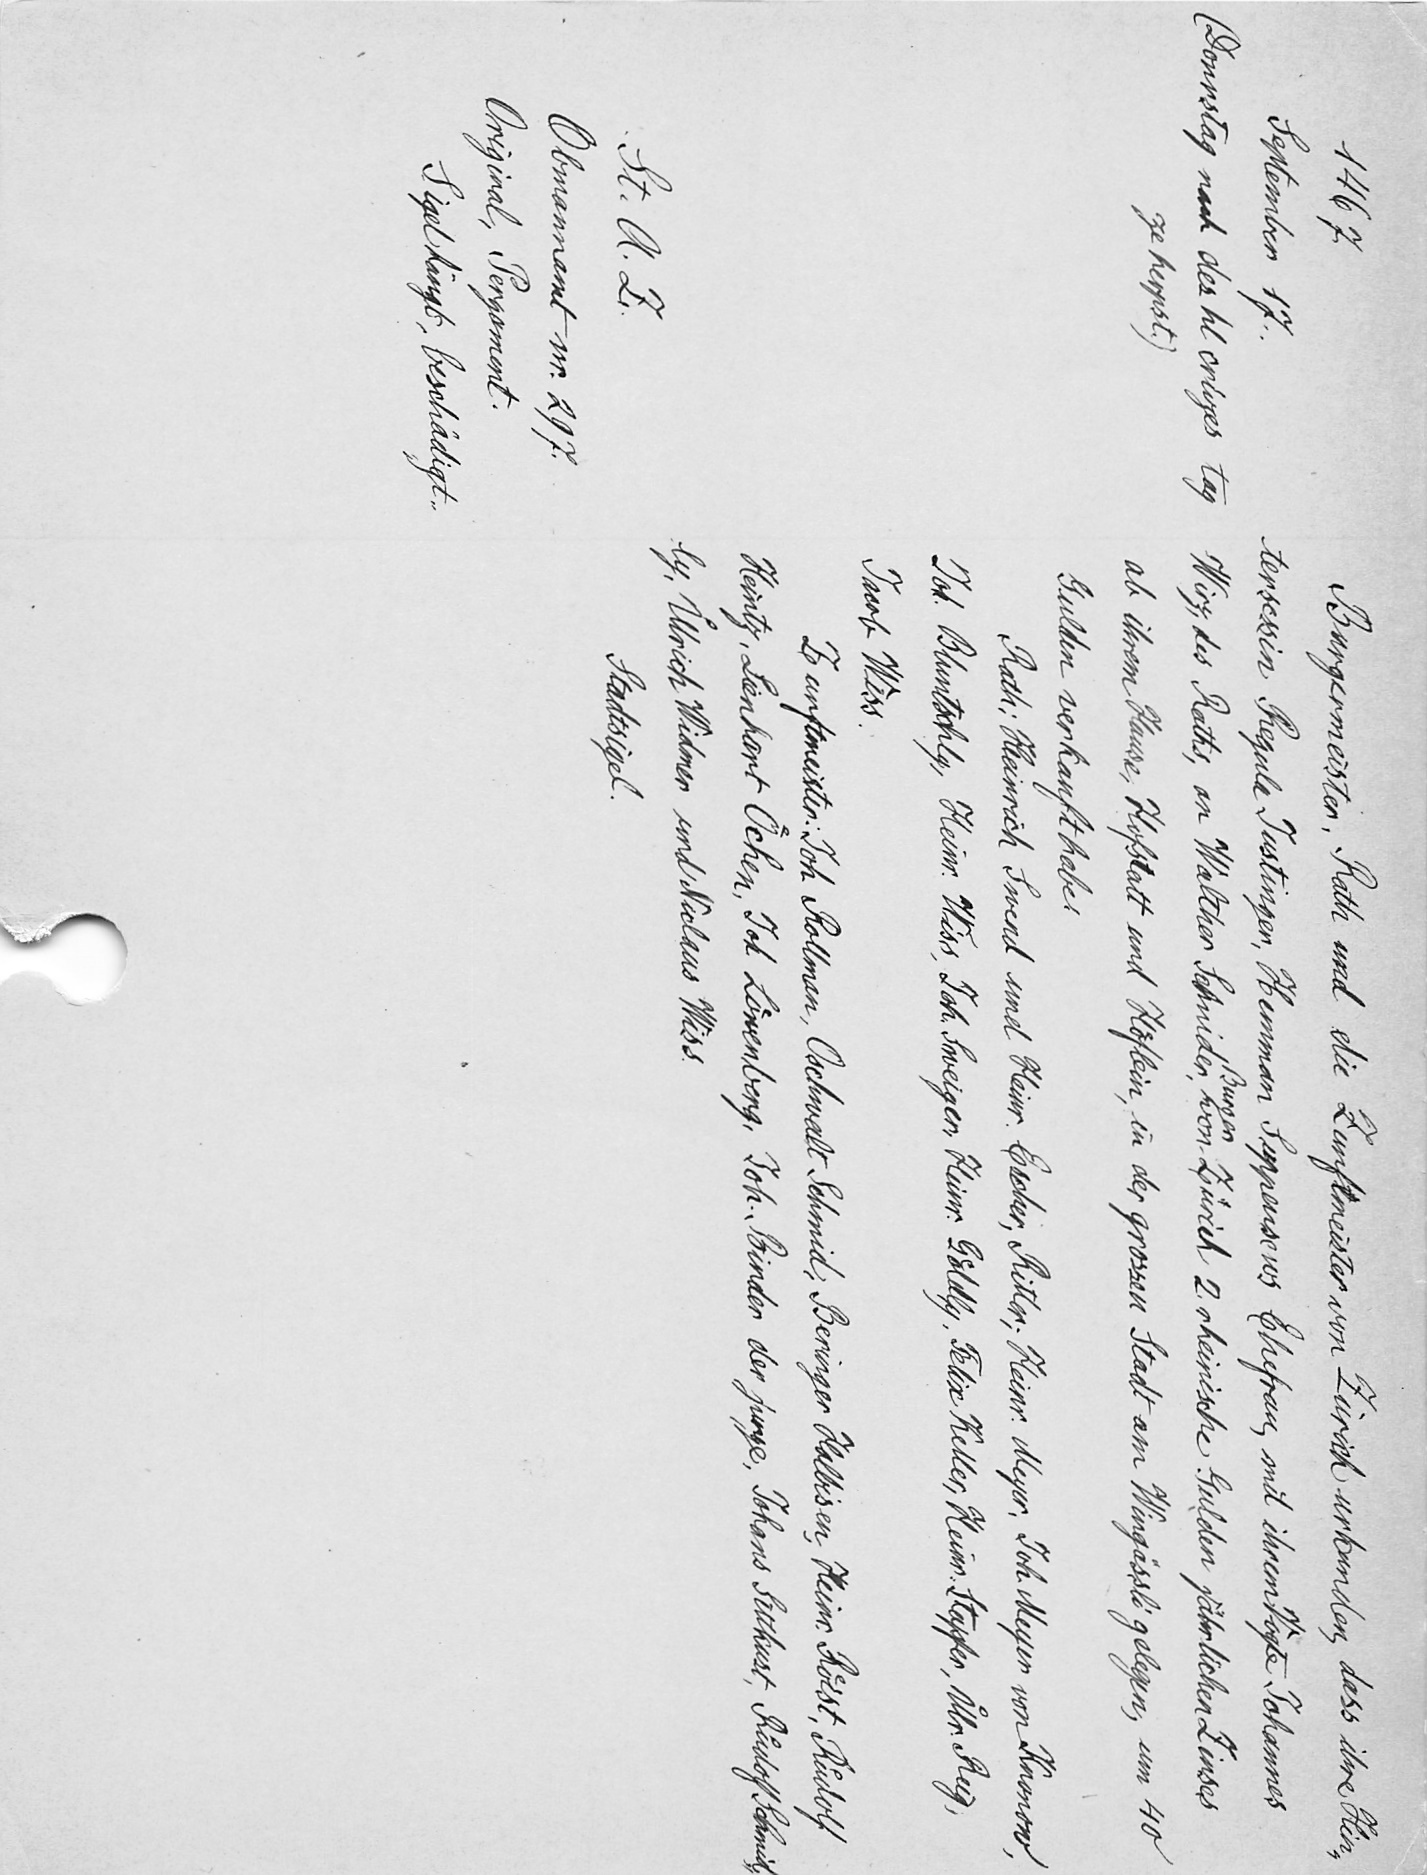
Burgermeister, Rath und die Zunftmeister von Zürich urkunden, dass ihre Hin-
tersessin Regula Justinger, Hemman Seppensevers Ehefrau, mit ihrem Vogte Johannes
Burger
Wirz, des Raths, an Walter Schmiden, von Zürich 2 rheinische Gulden jahrlichen Zinses
ab ihrem Hause, Hofstatt und Hoͤflein, in der grossen Stadt am Wingässli gelegen, um 40
Gulden verkauft habe
Rath: Heinrich Swend und Heinr. Escher, Ritter, Heinr. Meyer, Joh. Meyer von Knonow
Joh. Bluntschly, Heinr. Wiss, Joh. Sweiger, Heinr. Goͤldly, Felix Felix Keller, Heinr. Stapfer, Uͦlr. Rug,
Jacob Wiss
Zunftmeister: Joh. Rollman, Oschwalt Schmid, Beringer Halbisen, Heinr. Roͤst, Ruͦdolf
Heintz, Lienhart Oͤchen, Joh. Loͤwenberg, Joh. Binder der junge, Johans Bittkust, Ruͦdolf Schmid,
Aly, Ulrich einer ndiclaas Weiss
Statoil.

1467
September 17.
(Donrstag nach des hl crüzes tag
ze herpst
St. A.Z.
Obmannamt nr. 297
Original, Pergament.
Sigel hängt, beschädigt.